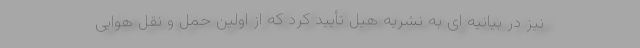
نیز در بیانیه ای به نشریه هیل تأیید کرد که از اولین حمل و نقل هوایی